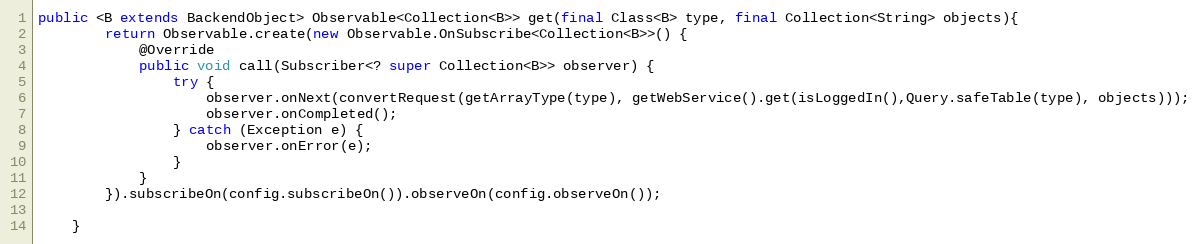
Language: Java
public <B extends BackendObject> Observable<Collection<B>> get(final Class<B> type, final Collection<String> objects){
        return Observable.create(new Observable.OnSubscribe<Collection<B>>() {
            @Override
            public void call(Subscriber<? super Collection<B>> observer) {
                try {
                    observer.onNext(convertRequest(getArrayType(type), getWebService().get(isLoggedIn(),Query.safeTable(type), objects)));
                    observer.onCompleted();
                } catch (Exception e) {
                    observer.onError(e);
                }
            }
        }).subscribeOn(config.subscribeOn()).observeOn(config.observeOn());

    }